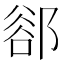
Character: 𨜪